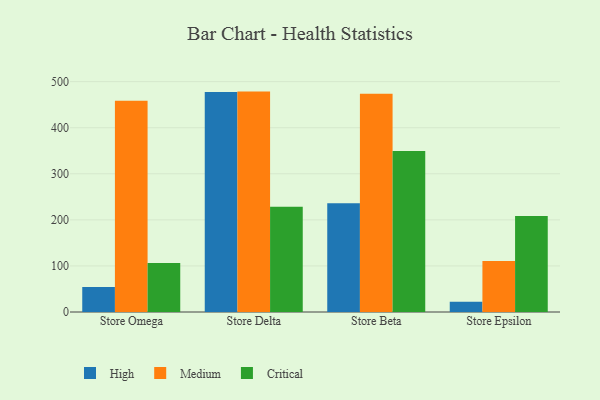
{"axis": {"x": "Store", "y": "Budget (USD K)"}, "legend": ["Critical", "High", "Medium"], "data": [{"x": "Store Omega", "y": 54.2, "type": "High"}, {"x": "Store Omega", "y": 458.4, "type": "Medium"}, {"x": "Store Omega", "y": 106.4, "type": "Critical"}, {"x": "Store Delta", "y": 477.7, "type": "High"}, {"x": "Store Delta", "y": 478.4, "type": "Medium"}, {"x": "Store Delta", "y": 228.4, "type": "Critical"}, {"x": "Store Beta", "y": 235.9, "type": "High"}, {"x": "Store Beta", "y": 473.9, "type": "Medium"}, {"x": "Store Beta", "y": 349.7, "type": "Critical"}, {"x": "Store Epsilon", "y": 22.4, "type": "High"}, {"x": "Store Epsilon", "y": 110.5, "type": "Medium"}, {"x": "Store Epsilon", "y": 208.6, "type": "Critical"}]}